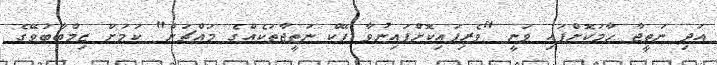
އަދި ނަތީޖާ ހާމަކޮށްފައި ވަނީ "ވެރިފައިކޮށްފައިނުވާ ފޭކް ނަތީޖާތަކެއްގެ މައްޗަށް" ކަމަށް ޒިމްބާބުވޭގެ